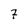
Character: 7